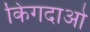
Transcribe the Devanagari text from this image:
किंगदाओ